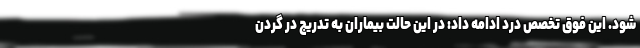
شود. این فوق تخصص درد ادامه داد: در این حالت بیماران به تدریج در گردن